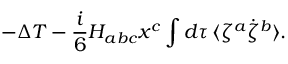
- \Delta T - \frac { i } { 6 } H _ { a b c } x ^ { c } \int d \tau \, \langle \zeta ^ { a } \dot { \zeta } ^ { b } \rangle .